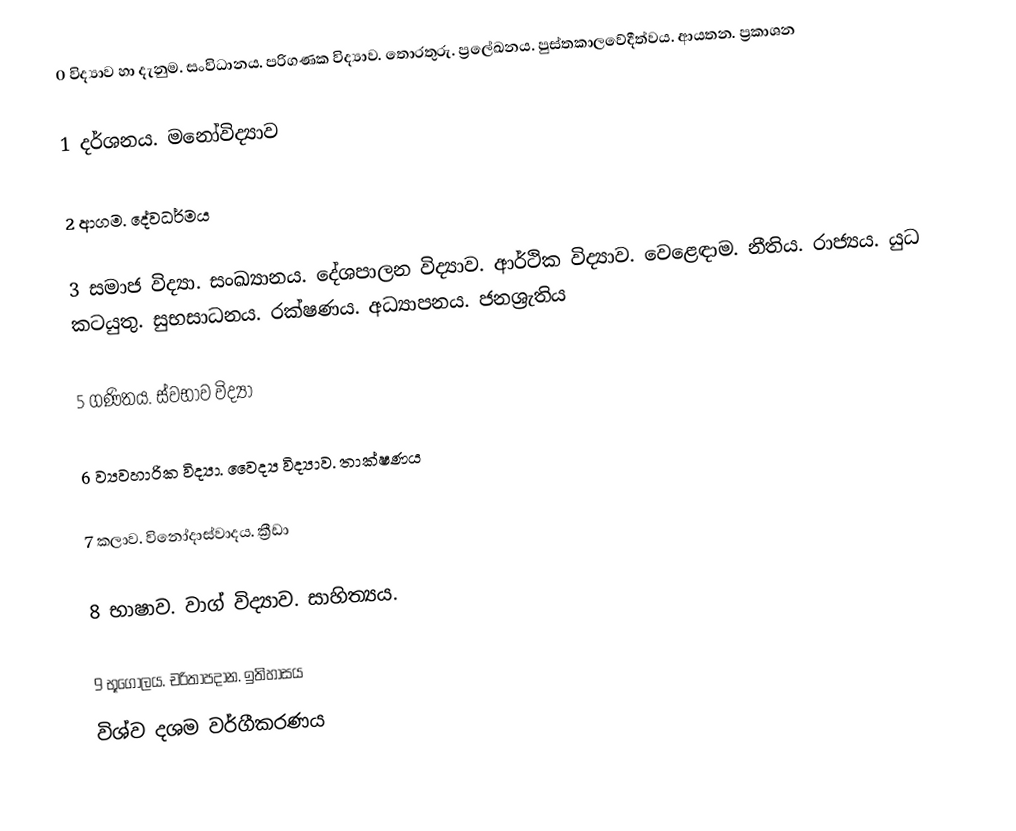
0 විද්‍යාව හා දැනුම. සංවිධානය. පරිගණක විද්‍යාව. තොරතුරු. ප්‍රලේඛනය. පුස්තකාලවේදීත්වය. ආයතන. ප්‍රකාශන

1 දර්ශනය. මනෝවිද්‍යාව

2 ආගම. දේවධර්මය

3 සමාජ විද්‍යා. සංඛ්‍යානය. දේශපාලන විද්‍යාව. ආර්ථික විද්‍යාව. වෙළෙඳාම. නීතිය. රාජ්‍යය. යුධ කටයුතු. සුභසාධනය. රක්ෂණය. අධ්‍යාපනය. ජනශ්‍රැතිය

5 ගණිතය. ස්වභාව විද්‍යා

6 ව්‍යවහාරික විද්‍යා. වෛද්‍ය විද්‍යාව. තාක්ෂණය

7 කලාව. විනෝදාස්වාදය. ක්‍රීඩා

8 භාෂාව. වාග් විද්‍යාව. සාහිත්‍යය.

9 භූගෝලය. චරිතාපදාන. ඉතිහාසය
විශ්ව දශම වර්ගීකරණය